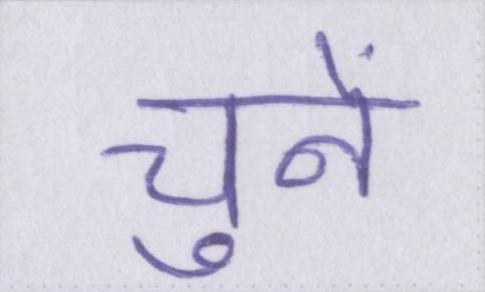
चुनें